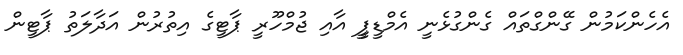
އެހެންކަމުން ގޭންގްތައް ގެންގުޅެނީ އެމްޑީޕީީ އާއި ޖުމްހޫރީ ޕާޓީގެ އިތުރުން އަދާލަތު ޕާޓީން